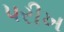
પરીખ